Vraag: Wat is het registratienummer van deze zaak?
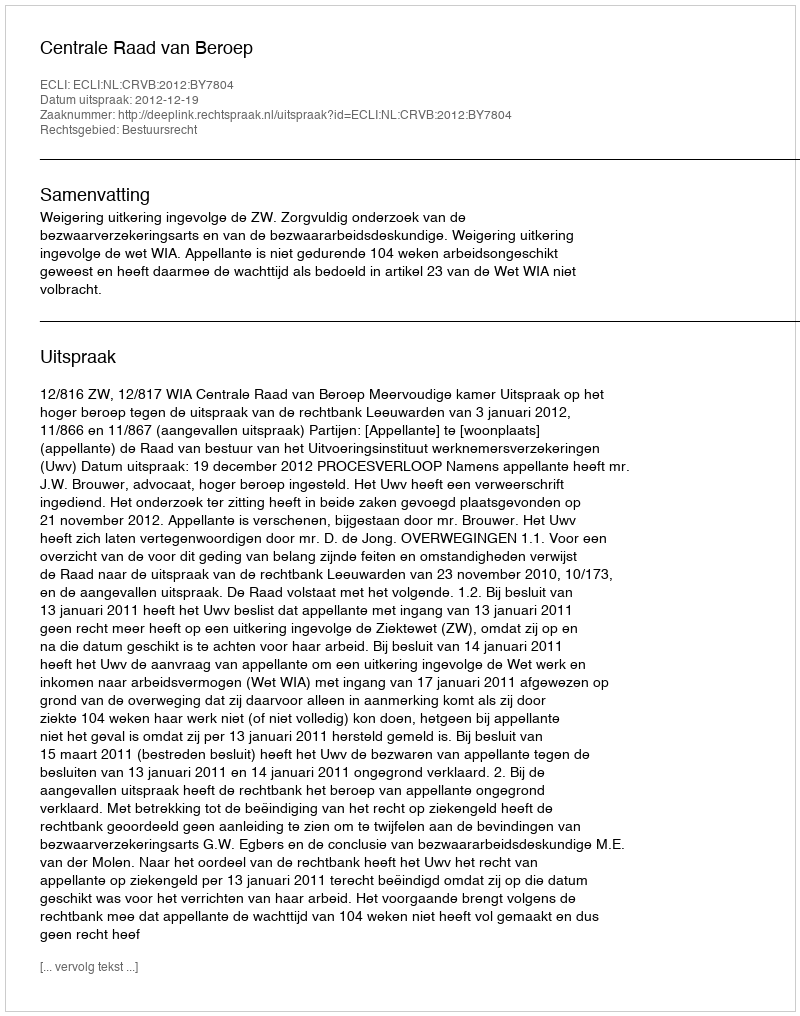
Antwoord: http://deeplink.rechtspraak.nl/uitspraak?id=ECLI:NL:CRVB:2012:BY7804